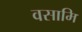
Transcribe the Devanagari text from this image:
वसामि